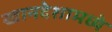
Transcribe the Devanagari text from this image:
खानदेशामध्ये